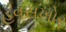
હવસખોર